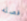
فصله